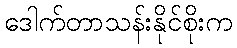
ဒေါက်တာသန်းနိုင်စိုးက